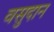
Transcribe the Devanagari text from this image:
वसुदान